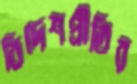
বিদেশপ্রীতির